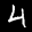
Digit: 4